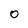
Character: 0